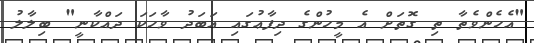
"އެހެންވެތާ ތި ގޮތަށް އެ މީހުންގެ ދިފާޢުގައި އަބަދު ވާހަކަ ދައްކާނީ" ބިލާލު